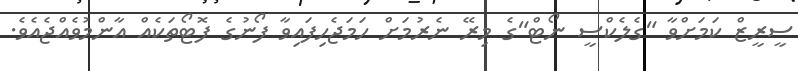
ސީރީޒް ކަމަށްވާ "ގެލެކްސީ ނޯޓް"ގެ މިރޭ ނެރުމަށް ހަމަޖެހިފައިވާ ފޯނުގެ ފޮޓޯތަކެއް އާންމުވެއްޖެއެވެ.